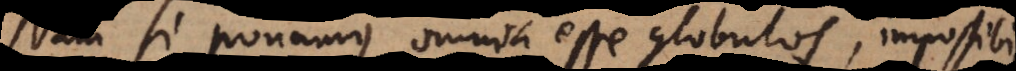
Nam si ponamus omnia esse globulos, impossibile